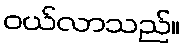
ဝယ်လာသည်။